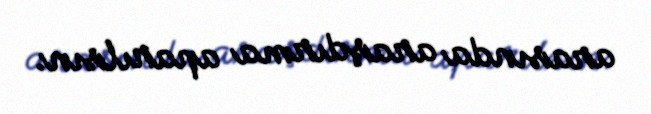
arasında araşdırma aparılsın.